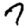
Digit: 7